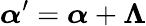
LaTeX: {\boldsymbol{\alpha}}^{\prime}={\boldsymbol{\alpha}}+{\boldsymbol{\Lambda}}